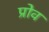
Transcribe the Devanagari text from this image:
प्रोव